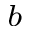
^ b